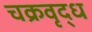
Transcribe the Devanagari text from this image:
चक्रवृद्ध